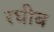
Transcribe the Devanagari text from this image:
रघीब